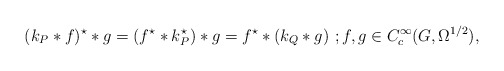
\begin{align*} (k_P*f)^\star * g = (f^\star *k_P^\star )*g = f^\star *(k_Q*g) \ ; f,g\in C^\infty_c(G,\Omega^{1/2}),\end{align*}